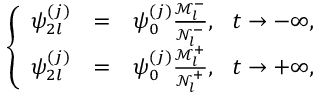
\begin{array} { r } { \left\{ \begin{array} { c c c } { \psi _ { 2 l } ^ { ( j ) } } & { = } & { \psi _ { 0 } ^ { ( j ) } \frac { \mathcal { M } _ { l } ^ { - } } { \mathcal { N } _ { l } ^ { - } } , ~ ~ t \rightarrow - \infty , } \\ { \psi _ { 2 l } ^ { ( j ) } } & { = } & { \psi _ { 0 } ^ { ( j ) } \frac { \mathcal { M } _ { l } ^ { + } } { \mathcal { N } _ { l } ^ { + } } , ~ ~ t \rightarrow + \infty , } \end{array} \right. } \end{array}